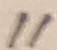
Text: 11